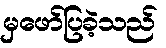
မှဖော်ပြခဲ့သည်